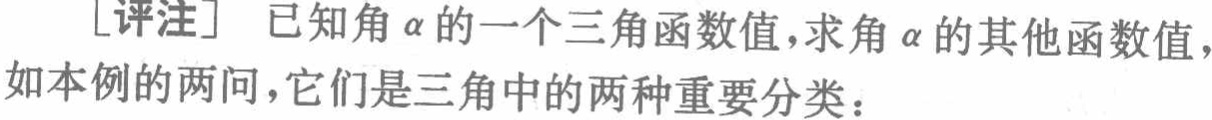
[评注] 已知角\(\alpha\)的一个三角函数值，求角\(\alpha\)的其他函数值，如本例的两问，它们是三角中的两种重要分类：